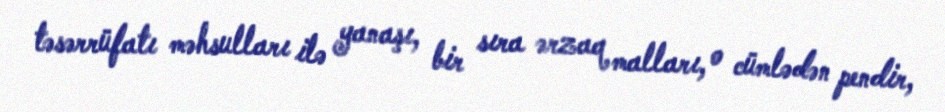
təsərrüfatı məhsulları ilə yanaşı, bir sıra ərzaq malları, o cümlədən pendir,